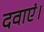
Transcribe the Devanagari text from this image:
दवाएं।